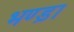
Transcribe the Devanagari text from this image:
भण्ड़ा